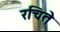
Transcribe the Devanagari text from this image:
रचिते